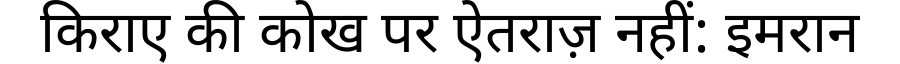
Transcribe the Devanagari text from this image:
किराए की कोख पर ऐतराज़ नहीं: इमरान